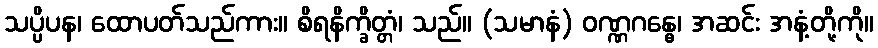
သပ္ပိပန၊ ထောပတ်သည်ကား။ စိရနိက္ခိတ္တံ၊ သည်။ (သမာနံ) ဝဏ္ဏဂန္ဓေ၊ အဆင်း အနံ့တို့ကို။